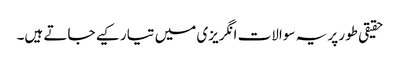
حقیقی طور پر یہ سوالات انگریزی میں تیار کیے جاتے ہیں۔